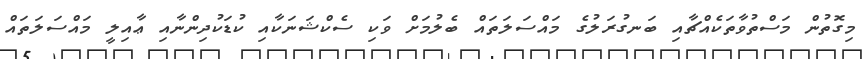
މިގޮތުން މަސްތުވާތަކެއްޗާއި ބަނގުރަލުގެ މައްސަލަތައް ބެލުމަށް ވަކި ސެކްޝަނަކާއި ކުޑަކުދިންނާއި ޢާއިލީ މައްސަލަތައް